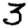
Digit: 3